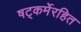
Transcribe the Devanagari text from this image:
षट्‍कर्मेरहित